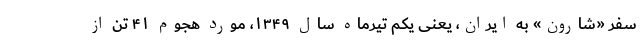
سفر «شارون» به ایران، یعنی یکم تیرماه سال ۱۳۴۹، مورد هجوم ۴۱ تن از